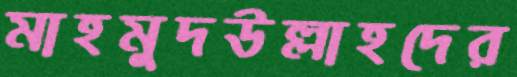
মাহমুদউল্লাহদের